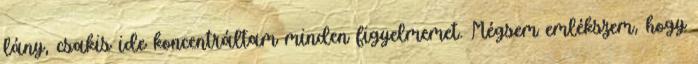
lány, csakis ide koncentráltam minden figyelmemet. Mégsem emlékszem, hogy